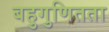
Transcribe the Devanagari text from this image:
बहुगुणितता